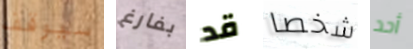
سيوقف بفارغ قد شخصا أحد